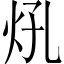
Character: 𤆺